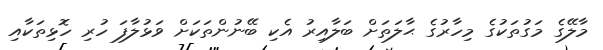
މާލޭގެ މަގުތަކުގެ މިހާރުގެ ޙާލަތަށް ބަލާއިރު އެކި ބޭނުންތަކަށް ވަޅުލާފަ ހުރި ހޮޅިތަކާއި